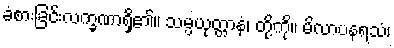
ခံစားခြင်းလက္ခဏာရှိ၏။ သမ္ပယုတ္တာနံ၊ တို့ကို။ မိလာပနရသံ၊